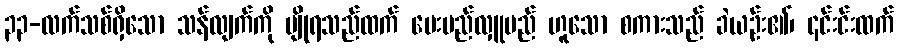
၃၃-လက်သစ်ရှိသော သန်လျက်ကို မျိုရသည်ထက် ပေးမည်လှူမည် ဟူသော စကားသည် ခဲယဉ်း၏၊ ၎င်းင်းထက်